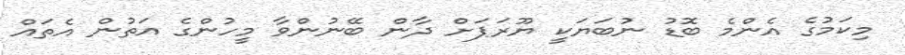
މިކަމުގެ އެންމެ ބޮޑު ނުބަޔަކީ ޔޫރަޕަށް ދާން ބޭނުންވާ މީހުންގެ އަތުން އެތައް